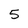
Character: 5